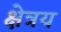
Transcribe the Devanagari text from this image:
क्षेत्रय